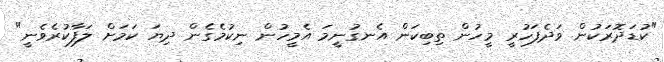
"ކުޑަދޮރަކުން ވަދެފަހުރީ މީހުން ތިބިކަން އެނގުނީމަ އެމީހުން ނިކުމެގެން ދިޔަ ކަމަށް ލަފާކުރެވެނީ"